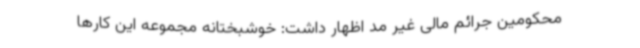
محکومین جرائم مالی غیر مد اظهار داشت: خوشبختانه مجموعه این کارها